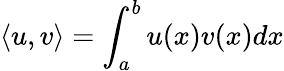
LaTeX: \left\langle u,v\right\rangle=\int_{a}^{b}u(x)v(x)dx